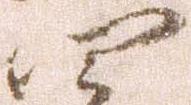
四